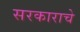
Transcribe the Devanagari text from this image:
सरकाराचे